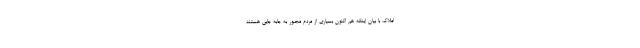
املاک با بیان اینکه هم اکنون بسیاری از مردم مجبور به جابه جایی هستند